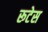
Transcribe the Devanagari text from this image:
रूटेस